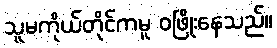
သူမကိုယ်တိုင်ကမူ ဝဖြိုးနေသည်။